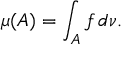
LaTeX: \mu ( A ) = \int _ { A } f \, d \nu .